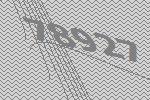
78927